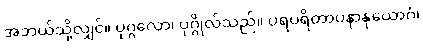
အဘယ်သို့လျှင်။ ပုဂ္ဂလော၊ ပုဂ္ဂိုလ်သည်။ ပရပရိတာပနာနုယောဂံ၊